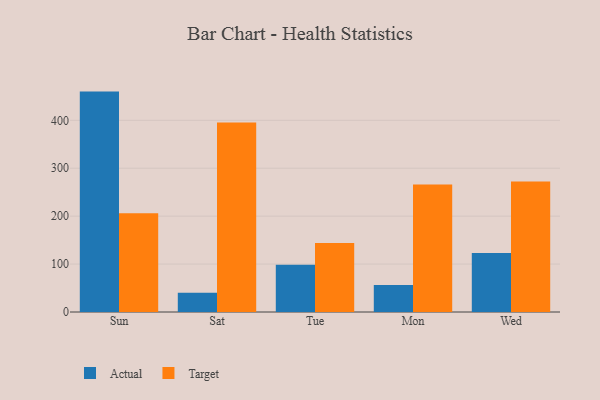
{"axis": {"x": "Day", "y": "Conversion Rate (%)"}, "legend": ["Actual", "Target"], "data": [{"x": "Sun", "y": 459.9, "type": "Actual"}, {"x": "Sun", "y": 205.9, "type": "Target"}, {"x": "Sat", "y": 40.4, "type": "Actual"}, {"x": "Sat", "y": 395.4, "type": "Target"}, {"x": "Tue", "y": 98.4, "type": "Actual"}, {"x": "Tue", "y": 143.8, "type": "Target"}, {"x": "Mon", "y": 56.5, "type": "Actual"}, {"x": "Mon", "y": 266.2, "type": "Target"}, {"x": "Wed", "y": 122.9, "type": "Actual"}, {"x": "Wed", "y": 272.5, "type": "Target"}]}